Piroplasma canis and its life cycle in the tick - Number 29
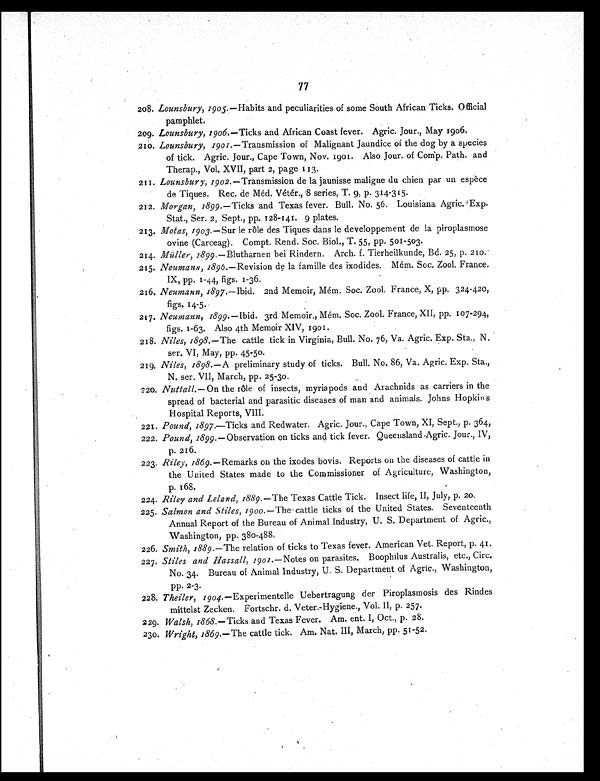
77
208.Lounsbury, 1905.— Habits and peculiarities of some South African Ticks. Official
pamphlet.
209.Lounsbury, 1906.—Ticks and African Coast fever. Agric. Jour., May 1906.
210.Lounsbury, 1901.—Transmission of Malignant Jaundice of the dog by a species
of tick. Agric. Jour., Cape Town, Nov. 1901. Also Jour. of Comp. Path. and
Therap., Vol. XVII, part 2, page 113.
211.Lounsbury, 1902.—Transmission de la jaunisse maligne du chien par un espèce
de Tiques. Rec. de Méd. Vétér., .8 series, T. 9, p. 314-315.
212.Morgan, 1899.—Ticks and Texas fever. Bull. No. 56. Louisiana Agric. Exp.
Stat., Ser. 2, Sept., pp. 128-141. 9 plates.
213.Motas, 1903.—Sur le rôle des Tiques dans le developpement de la piroplasmose
ovine (Carceag). Compt. Rend. Soc. Biol., T. 55, pp. 501-503.
214.Müller, 1899.—Blutharnen bei Rindern. Arch. f. Tierheilkunde, Bd. 25, p. 210.
215.Neumann, 1896.—Revision de la famille des ixodides. Mém. Soc. Zool, France.
IX, pp. 1-44, figs. 1-36.
216.Neumann, 1897.—Ibid. 2nd Memoir, Mém. Soc. Zool. France, X, pp. 324-420,
figs. 14-5.
217.Neumann, 1899.—Ibid. 3rd Memoir., Mém. Soc. Zool. France, XII, pp. 107-294,
figs. 1-63. Also 4th Memoir XIV, 1901.
218.Niles, 1898.—The cattle tick in Virginia, Bull. No. 76, Va. Agric. Exp. Sta., N.
ser. VI, May, pp. 45-50.
219. Niles, 1898.—A preliminary study of ticks. Bull. No. 86, Va. Agric. Exp. Sta.,
N. ser. VII, March, pp. 25-30.
220.Nuttall.—On the rôle of insects, myriapods and Arachnids as carriers in the
spread of bacterial and parasitic diseases of man and animals. Johns Hopkins
Hospital Reports, VIII.
221.Pound, 1897.—Ticks and Redwater. Agric. Jour., Cape Town, XI, Sept., p. 364,
222.Pound, 1899.—Observation on ticks and tick fever. Queensland Agric. Jour., IV,
p. 216.
223.Riley, 1869.—Remarks on the ixodes bovis. Reports on the diseases of cattle in
the United States made to the Commissioner of Agriculture, Washington,
p. 168.
224.Riley and Leland, 1889.—The Texas Cattle Tick. Insect life, II, July, p. 20.
225.Salmon and Stiles, 1900. —The cattle ticks of the United States. Seventeenth
Annual Report of the Bureau of Animal Industry, U. S. Department of Agric.,
Washington, pp. 380-488.
226.Smith, 1889. —The relation of ticks to Texas fever. American Vet. Report, p. 41.
227.Stiles and Hassall, 1901.— Notes on parasites. Boophilus Australis, etc., Circ.
No. 34. Bureau of Animal Industry, U. S. Department of Agric., Washington,
pp. 2-3.
228.Theiler, 1904.— Experimentelle Uebertragung der Piroplasmosis des Rindes
mittelst Zecken. Fortschr. d. Veter.-Hygiene., Vol. II, p. 257.
229. Walsh, 1868.—Ticks and Texas Fever. Am. ent. I, Oct., p. 28.
230.Wright, 1869. —The cattle tick. Am. Nat. III, March, pp. 51-52.